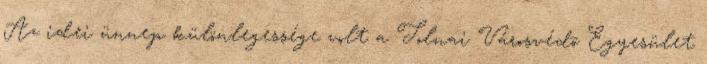
Az idei ünnep különlegessége volt a Tolnai Városvédõ Egyesület